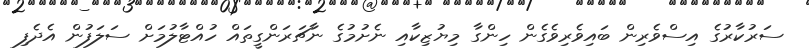
ސަރުކާރުގެ އިސްވެރިން ބައިވެރިވެގެން ހިންގާ މިޔުޒިކާއި ނެށުމުގެ ނާޗަރަންގީތައް ހުއްޓާލުމަށް ސަލަފުން އެދެފި